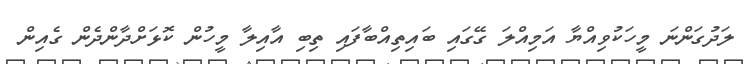
ލަދުގަންނަ މީހަކުވިއްޔާ އަމިއްލަ ގޭގައި ބައިތިއްބާފައި ތިބި އާއިލާ މީހުން ކޮޅަށްދާންދެން ގެއިން